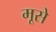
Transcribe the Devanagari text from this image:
मूसे